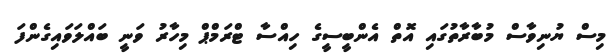
މިސް ޔުނިވާސް މުބާރާތުގައި އޮތް އެންބީސީގެ ހިއްސާ ޓްރަމްޕް މިހާރު ވަނީ ބައްލަވައިގެންފަ